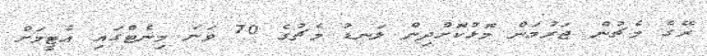
ރޭގެ މެޗުން ޖަރުމަން މޮޅުކޮށްދިން ލަނޑު މެޗުގެ 70 ވަނަ މިނެޓްގައި އެޓީމަށް